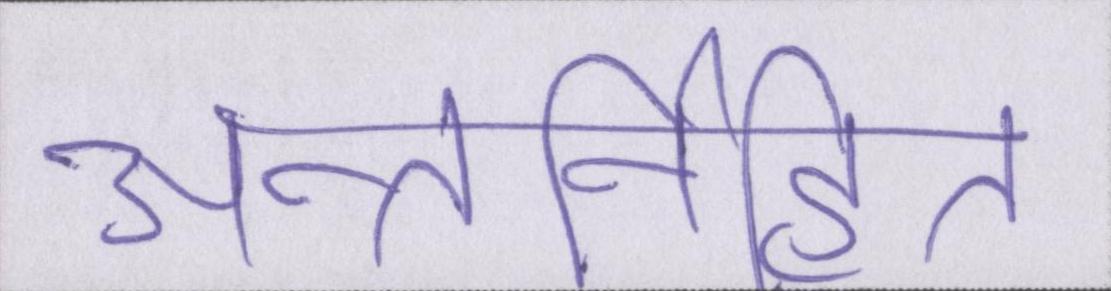
अन्तर्निहित